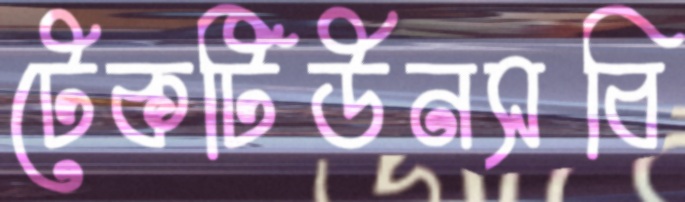
টেকটিউনসবি